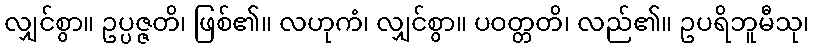
လျှင်စွာ။ ဥပ္ပဇ္ဇတိ၊ ဖြစ်၏။ လဟုကံ၊ လျှင်စွာ။ ပဝတ္တတိ၊ လည်၏။ ဥပရိဘူမီသု၊